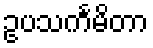
ဥပသင်္ကမိတာ